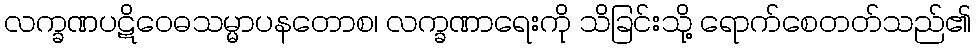
လက္ခဏပဋိဝေဓသမ္မာပနတောစ၊ လက္ခဏာရေးကို သိခြင်းသို့ ရောက်စေတတ်သည်၏